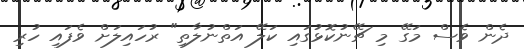
ދެން ވެސް މަގޭ މި ޗޭނުކޮޅުގައި ކަލޭ އަތްނުލާތި" ރުހައިލަށް ވެފައި ހުރި